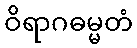
ဝိရာဂဓမ္မတံ